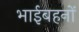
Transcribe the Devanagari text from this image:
भाईबहनों